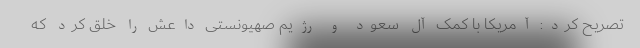
تصریح کرد: آمریکا با کمک آل سعود و رژیم صهیونستی داعش را خلق کرد که